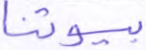
بيوتنا